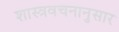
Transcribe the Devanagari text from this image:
शास्त्रवचनानुसार